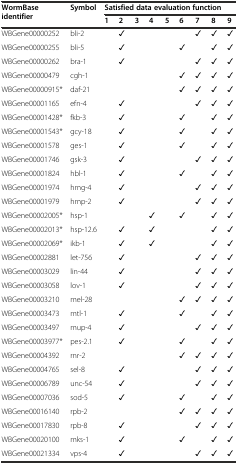
<table><thead><tr><td rowspan="2"><b>WormBase identifier</b></td><td rowspan="2"><b>Symbol</b></td><td colspan="9"><b>Satisfied data evaluation function</b></td></tr><tr><td><b>1</b></td><td><b>2</b></td><td><b>3</b></td><td><b>4</b></td><td><b>5</b></td><td><b>6</b></td><td><b>7</b></td><td><b>8</b></td><td><b>9</b></td></tr></thead><tbody><tr><td>WBGene00000252</td><td>bli-2</td><td></td><td>✓</td><td></td><td></td><td></td><td></td><td>✓</td><td>✓</td><td>✓</td></tr><tr><td>WBGene00000255</td><td>bli-5</td><td></td><td>✓</td><td></td><td></td><td></td><td>✓</td><td></td><td>✓</td><td>✓</td></tr><tr><td>WBGene00000262</td><td>bra-1</td><td></td><td>✓</td><td></td><td></td><td></td><td></td><td>✓</td><td>✓</td><td>✓</td></tr><tr><td>WBGene00000479</td><td>cgh-1</td><td></td><td></td><td></td><td></td><td></td><td>✓</td><td>✓</td><td>✓</td><td>✓</td></tr><tr><td>WBGene00000915*</td><td>daf-21</td><td></td><td></td><td></td><td></td><td></td><td>✓</td><td>✓</td><td>✓</td><td>✓</td></tr><tr><td>WBGene00001165</td><td>efn-4</td><td></td><td>✓</td><td></td><td></td><td></td><td></td><td>✓</td><td>✓</td><td>✓</td></tr><tr><td>WBGene00001428*</td><td>fkb-3</td><td></td><td>✓</td><td></td><td></td><td></td><td>✓</td><td></td><td>✓</td><td>✓</td></tr><tr><td>WBGene00001543*</td><td>gcy-18</td><td></td><td>✓</td><td></td><td></td><td></td><td>✓</td><td></td><td>✓</td><td>✓</td></tr><tr><td>WBGene00001578</td><td>ges-1</td><td></td><td>✓</td><td></td><td></td><td></td><td>✓</td><td></td><td>✓</td><td>✓</td></tr><tr><td>WBGene00001746</td><td>gsk-3</td><td></td><td>✓</td><td></td><td></td><td></td><td></td><td>✓</td><td>✓</td><td>✓</td></tr><tr><td>WBGene00001824</td><td>hbl-1</td><td></td><td>✓</td><td></td><td></td><td></td><td>✓</td><td></td><td>✓</td><td>✓</td></tr><tr><td>WBGene00001974</td><td>hmg-4</td><td></td><td>✓</td><td></td><td></td><td></td><td></td><td>✓</td><td>✓</td><td>✓</td></tr><tr><td>WBGene00001979</td><td>hmp-2</td><td></td><td>✓</td><td></td><td></td><td></td><td></td><td>✓</td><td>✓</td><td>✓</td></tr><tr><td>WBGene00002005*</td><td>hsp-1</td><td></td><td></td><td></td><td>✓</td><td></td><td>✓</td><td></td><td>✓</td><td>✓</td></tr><tr><td>WBGene00002013*</td><td>hsp-12.6</td><td></td><td>✓</td><td></td><td>✓</td><td></td><td></td><td></td><td>✓</td><td>✓</td></tr><tr><td>WBGene00002069*</td><td>ikb-1</td><td></td><td>✓</td><td></td><td>✓</td><td></td><td></td><td></td><td>✓</td><td>✓</td></tr><tr><td>WBGene00002881</td><td>let-756</td><td></td><td>✓</td><td></td><td></td><td></td><td></td><td>✓</td><td>✓</td><td>✓</td></tr><tr><td>WBGene00003029</td><td>lin-44</td><td></td><td>✓</td><td></td><td></td><td></td><td></td><td>✓</td><td>✓</td><td>✓</td></tr><tr><td>WBGene00003058</td><td>lov-1</td><td></td><td>✓</td><td></td><td></td><td></td><td></td><td>✓</td><td>✓</td><td>✓</td></tr><tr><td>WBGene00003210</td><td>mel-28</td><td></td><td></td><td></td><td></td><td></td><td>✓</td><td>✓</td><td>✓</td><td>✓</td></tr><tr><td>WBGene00003473</td><td>mtl-1</td><td></td><td>✓</td><td></td><td></td><td></td><td>✓</td><td></td><td>✓</td><td>✓</td></tr><tr><td>WBGene00003497</td><td>mup-4</td><td></td><td>✓</td><td></td><td></td><td></td><td></td><td>✓</td><td>✓</td><td>✓</td></tr><tr><td>WBGene00003977*</td><td>pes-2.1</td><td></td><td>✓</td><td></td><td></td><td></td><td>✓</td><td></td><td>✓</td><td>✓</td></tr><tr><td>WBGene00004392</td><td>rnr-2</td><td></td><td></td><td></td><td></td><td></td><td>✓</td><td>✓</td><td>✓</td><td>✓</td></tr><tr><td>WBGene00004765</td><td>sel-8</td><td></td><td>✓</td><td></td><td></td><td></td><td></td><td>✓</td><td>✓</td><td>✓</td></tr><tr><td>WBGene00006789</td><td>unc-54</td><td></td><td>✓</td><td></td><td></td><td></td><td></td><td>✓</td><td>✓</td><td>✓</td></tr><tr><td>WBGene00007036</td><td>sod-5</td><td></td><td>✓</td><td></td><td></td><td></td><td>✓</td><td></td><td>✓</td><td>✓</td></tr><tr><td>WBGene00016140</td><td>rpb-2</td><td></td><td></td><td></td><td></td><td></td><td>✓</td><td>✓</td><td>✓</td><td>✓</td></tr><tr><td>WBGene00017830</td><td>rpb-8</td><td></td><td>✓</td><td></td><td></td><td></td><td></td><td>✓</td><td>✓</td><td>✓</td></tr><tr><td>WBGene00020100</td><td>mks-1</td><td></td><td>✓</td><td></td><td></td><td></td><td>✓</td><td></td><td>✓</td><td>✓</td></tr><tr><td>WBGene00021334</td><td>vps-4</td><td></td><td>✓</td><td></td><td></td><td></td><td></td><td>✓</td><td>✓</td><td>✓</td></tr></tbody></table>